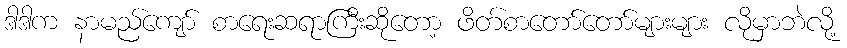
ဒါဒါက နာမည်ကျော် စာရေးဆရာကြီးဆိုတော့ ဖိတ်စာတော်တော်များများ လိုမှာဘဲလို့